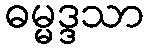
ဓမ္မဒ္ဒသာ